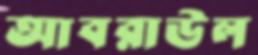
আবরাউল